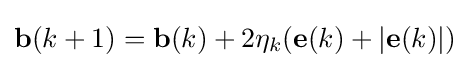
\mathbf {b} (k+1)=\mathbf {b} (k)+2\eta _{k}(\mathbf {e} (k)+|\mathbf {e} (k)|)